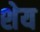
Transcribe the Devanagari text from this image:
शेय